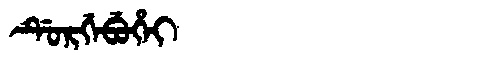
Manchu: ᡩᡠᡵᡤᡝᠪᡠᡥᡝᡳ
Romanization: DURGEBUHEI